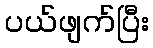
ပယ်ဖျက်ပြီး